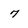
Character: 7